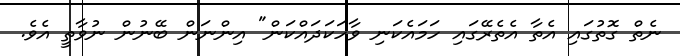
ނެތް ގޮތުގައި އެތާ އެތެރޭގައި ހަމައެކަނި ވާހަކަދައްކަން" އިންނަން ބޭނުން ނުވާތީ އެވެ.